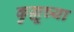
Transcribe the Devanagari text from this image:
कुल्लूच्या